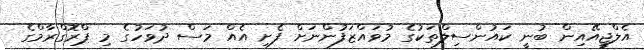
އެލްޖީއޭއިން ބުނީ ކައުންސިލްތަކުގެ މުވައްޒަފުންނަށް ފެށި އެއް މަސް ދުވަހުގެ މި ޕްރޮގްރާމްގެ